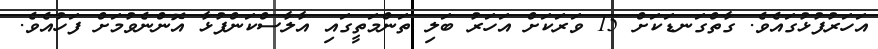
އަހަރުފުޅުގައެވެ. ގާތްގަނޑަކަށް 15 ވަރަކަށް އަހަރު ބަލި ތަންމަތީގައި އާލާސްކަންފުޅާ އޮންނެވުމަށް ފަހުއެވެ.